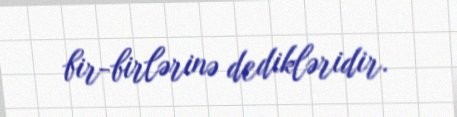
bir-birlərinə dedikləridir.